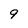
Character: 9